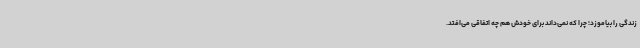
زندگی را بیاموزد؛ چرا که نمی‌داند برای خودش هم چه اتفاقی می‌افتد.